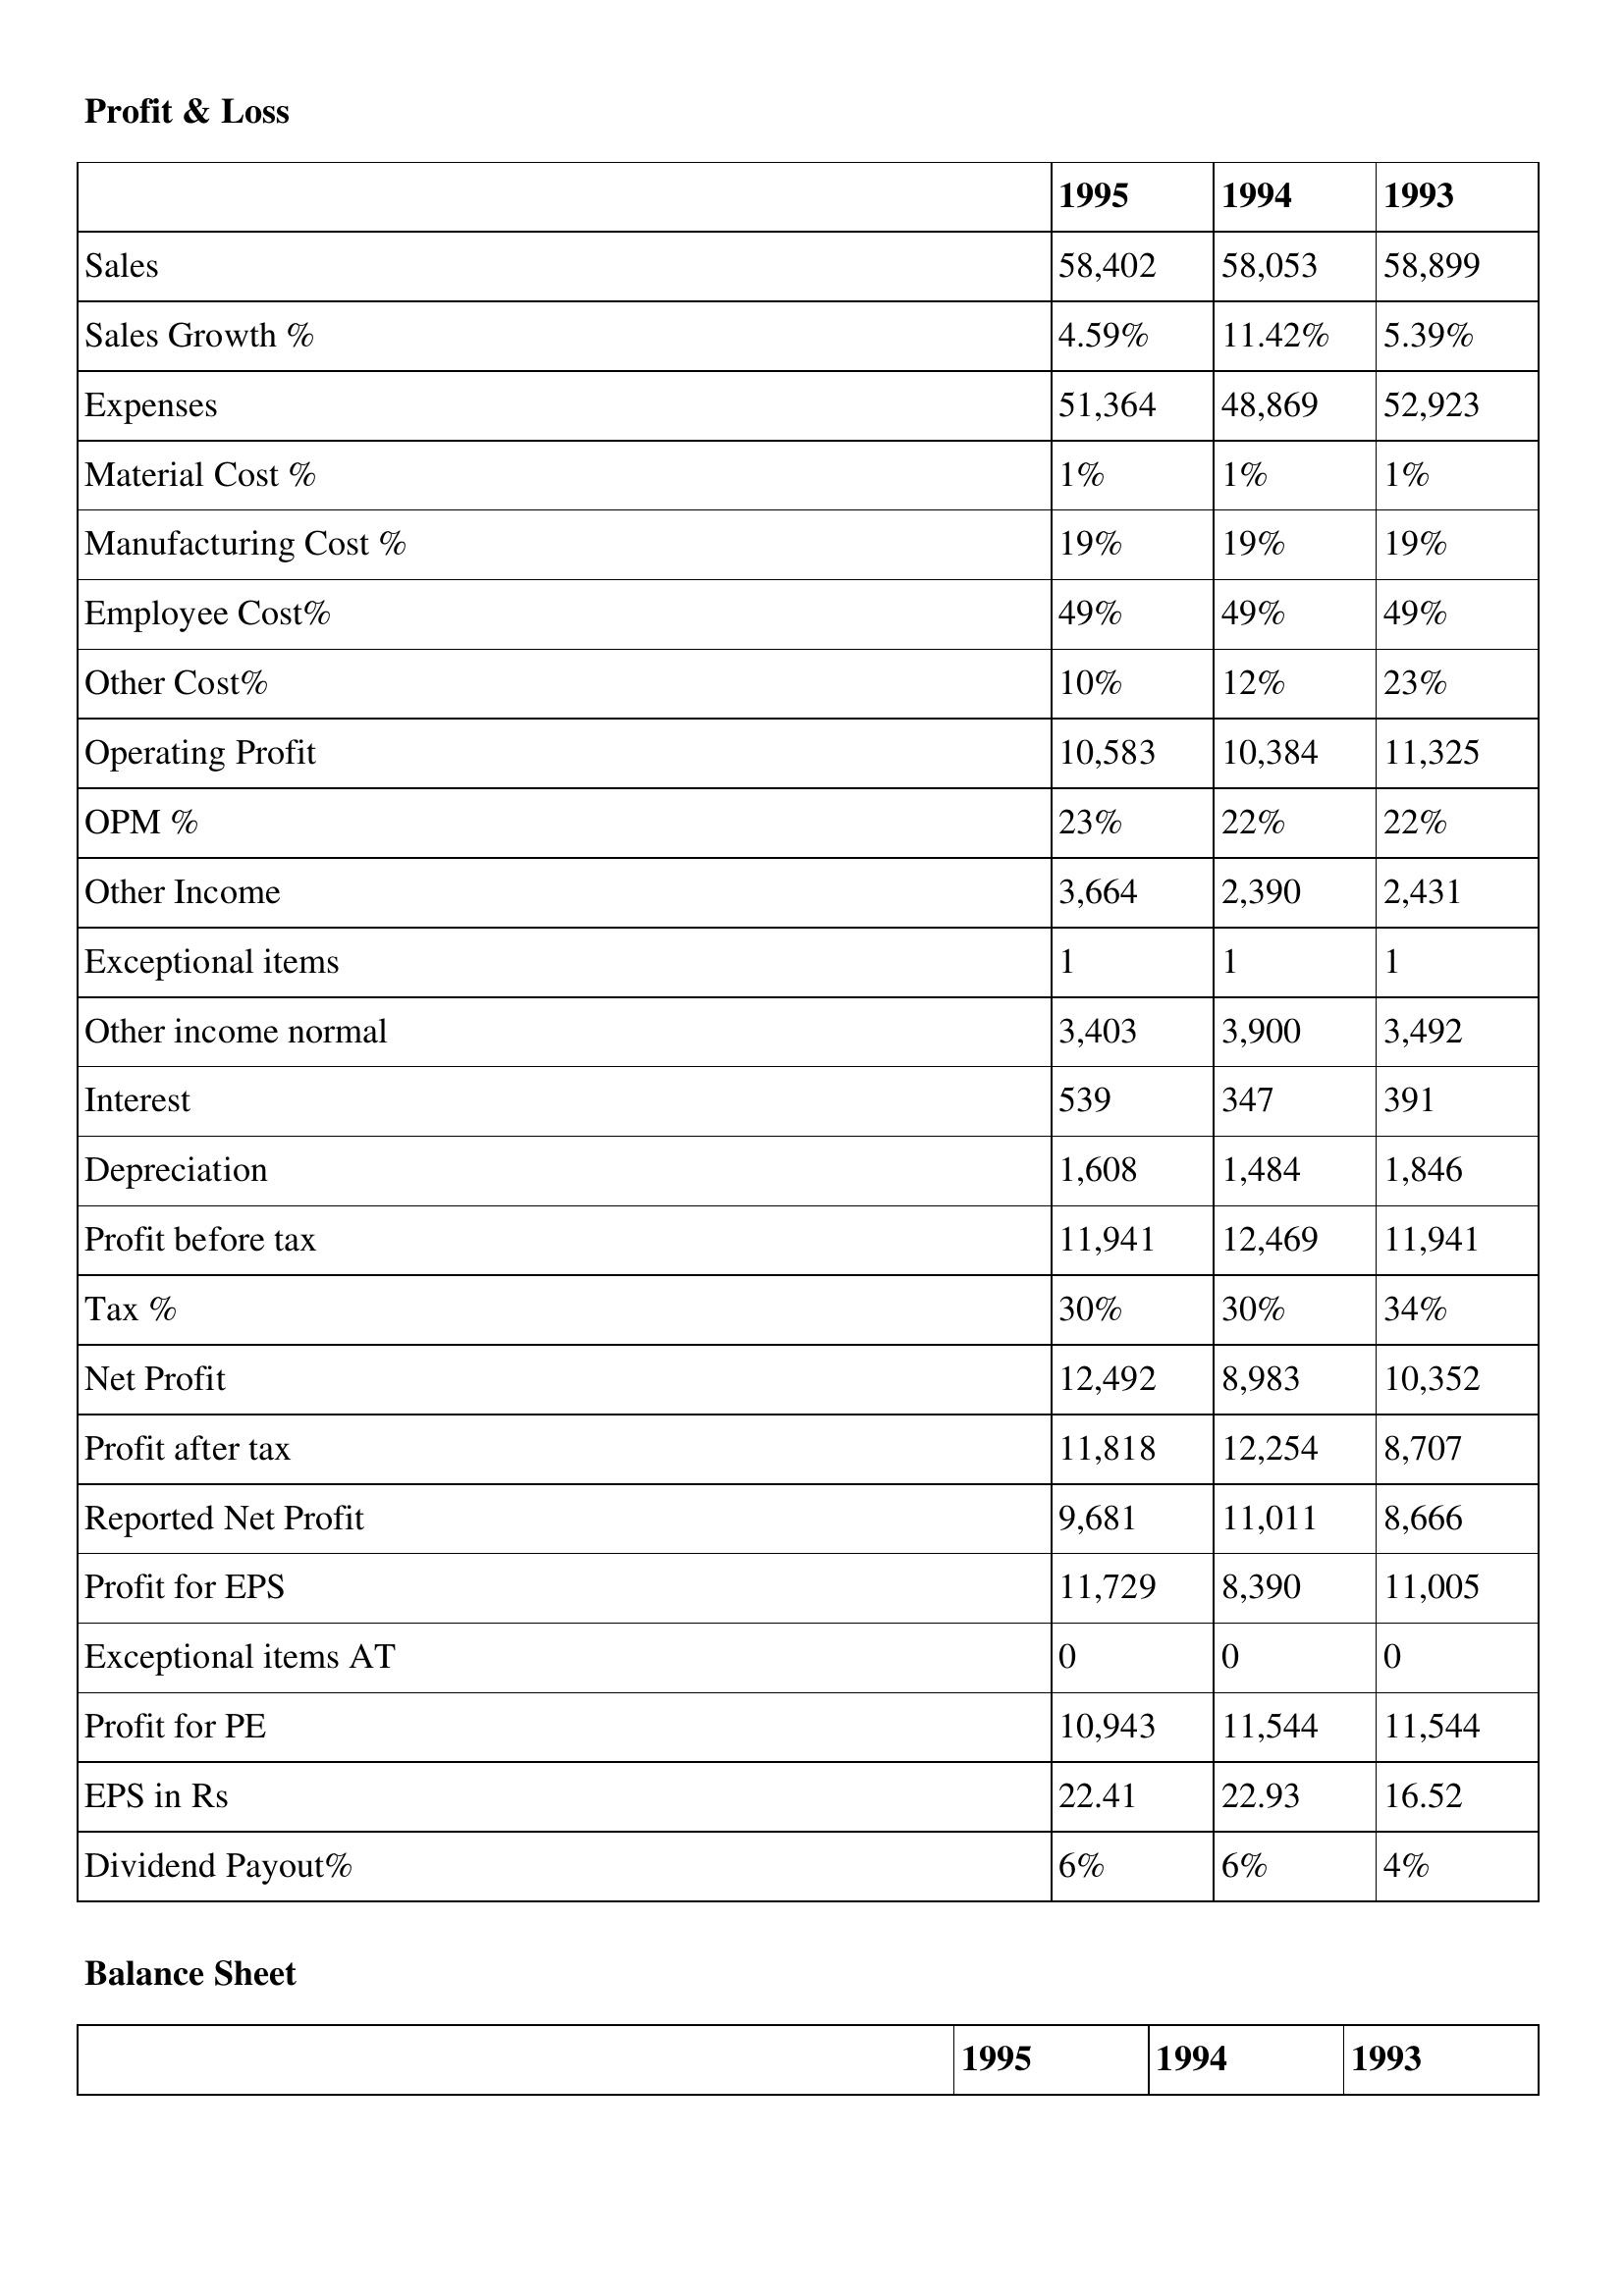
gt_parse: 1995: Profit & Loss: Sales: 58,402
Sales Growth %: 4.59%
Expenses: 51,364
Material Cost %: 1%
Manufacturing Cost %: 19%
Employee Cost%: 49%
Other Cost%: 10%
Operating Profit: 10,583
OPM %: 23%
Other Income: 3,664
Exceptional items: 1
Other income normal: 3,403
Interest: 539
Depreciation: 1,608
Profit before tax: 11,941
Tax %: 30%
Net Profit: 12,492
Profit after tax: 11,818
Reported Net Profit: 9,681
Profit for EPS: 11,729
Exceptional items AT: 0
Profit for PE: 10,943
EPS in Rs: 22.41
Dividend Payout%: 6%
1994: Profit & Loss: Sales: 58,053
Sales Growth %: 11.42%
Expenses: 48,869
Material Cost %: 1%
Manufacturing Cost %: 19%
Employee Cost%: 49%
Other Cost%: 12%
Operating Profit: 10,384
OPM %: 22%
Other Income: 2,390
Exceptional items: 1
Other income normal: 3,900
Interest: 347
Depreciation: 1,484
Profit before tax: 12,469
Tax %: 30%
Net Profit: 8,983
Profit after tax: 12,254
Reported Net Profit: 11,011
Profit for EPS: 8,390
Exceptional items AT: 0
Profit for PE: 11,544
EPS in Rs: 22.93
Dividend Payout%: 6%
1993: Profit & Loss: Sales: 58,899
Sales Growth %: 5.39%
Expenses: 52,923
Material Cost %: 1%
Manufacturing Cost %: 19%
Employee Cost%: 49%
Other Cost%: 23%
Operating Profit: 11,325
OPM %: 22%
Other Income: 2,431
Exceptional items: 1
Other income normal: 3,492
Interest: 391
Depreciation: 1,846
Profit before tax: 11,941
Tax %: 34%
Net Profit: 10,352
Profit after tax: 8,707
Reported Net Profit: 8,666
Profit for EPS: 11,005
Exceptional items AT: 0
Profit for PE: 11,544
EPS in Rs: 16.52
Dividend Payout%: 4%